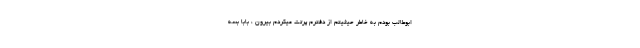
ابوطالب بودم به خاطر حیثیتم از دفترم پرتت میکردم بیرون ، بابا بسه